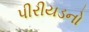
પીરીયડનો